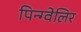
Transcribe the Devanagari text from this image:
पिन्ग्वेलिर